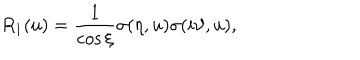
LaTeX: R _ { 1 } ( u ) = \frac { 1 } { \cos \xi } \sigma ( \eta , u ) \sigma ( i \vartheta , u ) ,